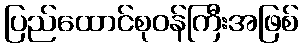
ပြည်ထောင်စုဝန်ကြီးအဖြစ်